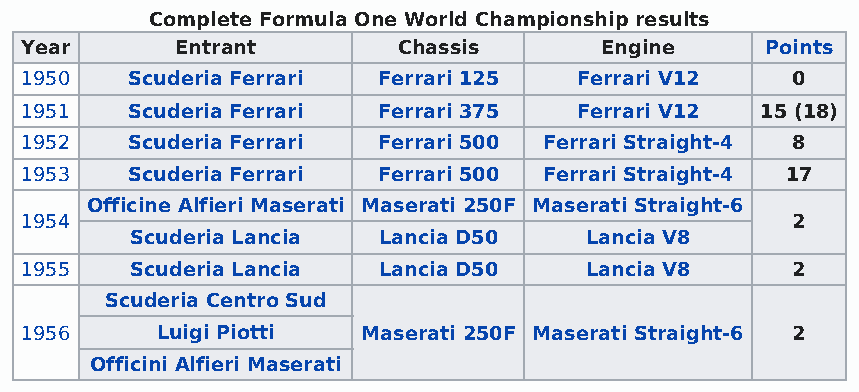
Complete Formula One World Championship results
 Year       Entrant       Chassis       Engine     Points
 1950   Scuderia Ferrari Ferrari 125  Ferrari V12   0
 1951   Scuderia Ferrari Ferrari 375  Ferrari V12 15 (18)
 1952   Scuderia Ferrari Ferrari 500 Ferrari Straight-4 8
 1953   Scuderia Ferrari Ferrari 500 Ferrari Straight-4 17
 Officine Alfieri Maserati Maserati 250F Maserati Straight-6
 1954                                               2
 Scuderia Lancia Lancia D50    Lancia V8
 1955    Scuderia Lancia Lancia D50    Lancia V8    2
 Scuderia Centro Sud
 1956     Luigi Piotti  Maserati 250F Maserati Straight-6 2
 Officini Alfieri Maserati